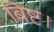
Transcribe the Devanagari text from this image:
बिष्ट।